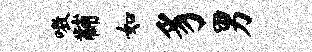
嗷黼如豸男